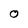
Character: O